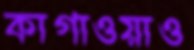
কাগাওয়াও